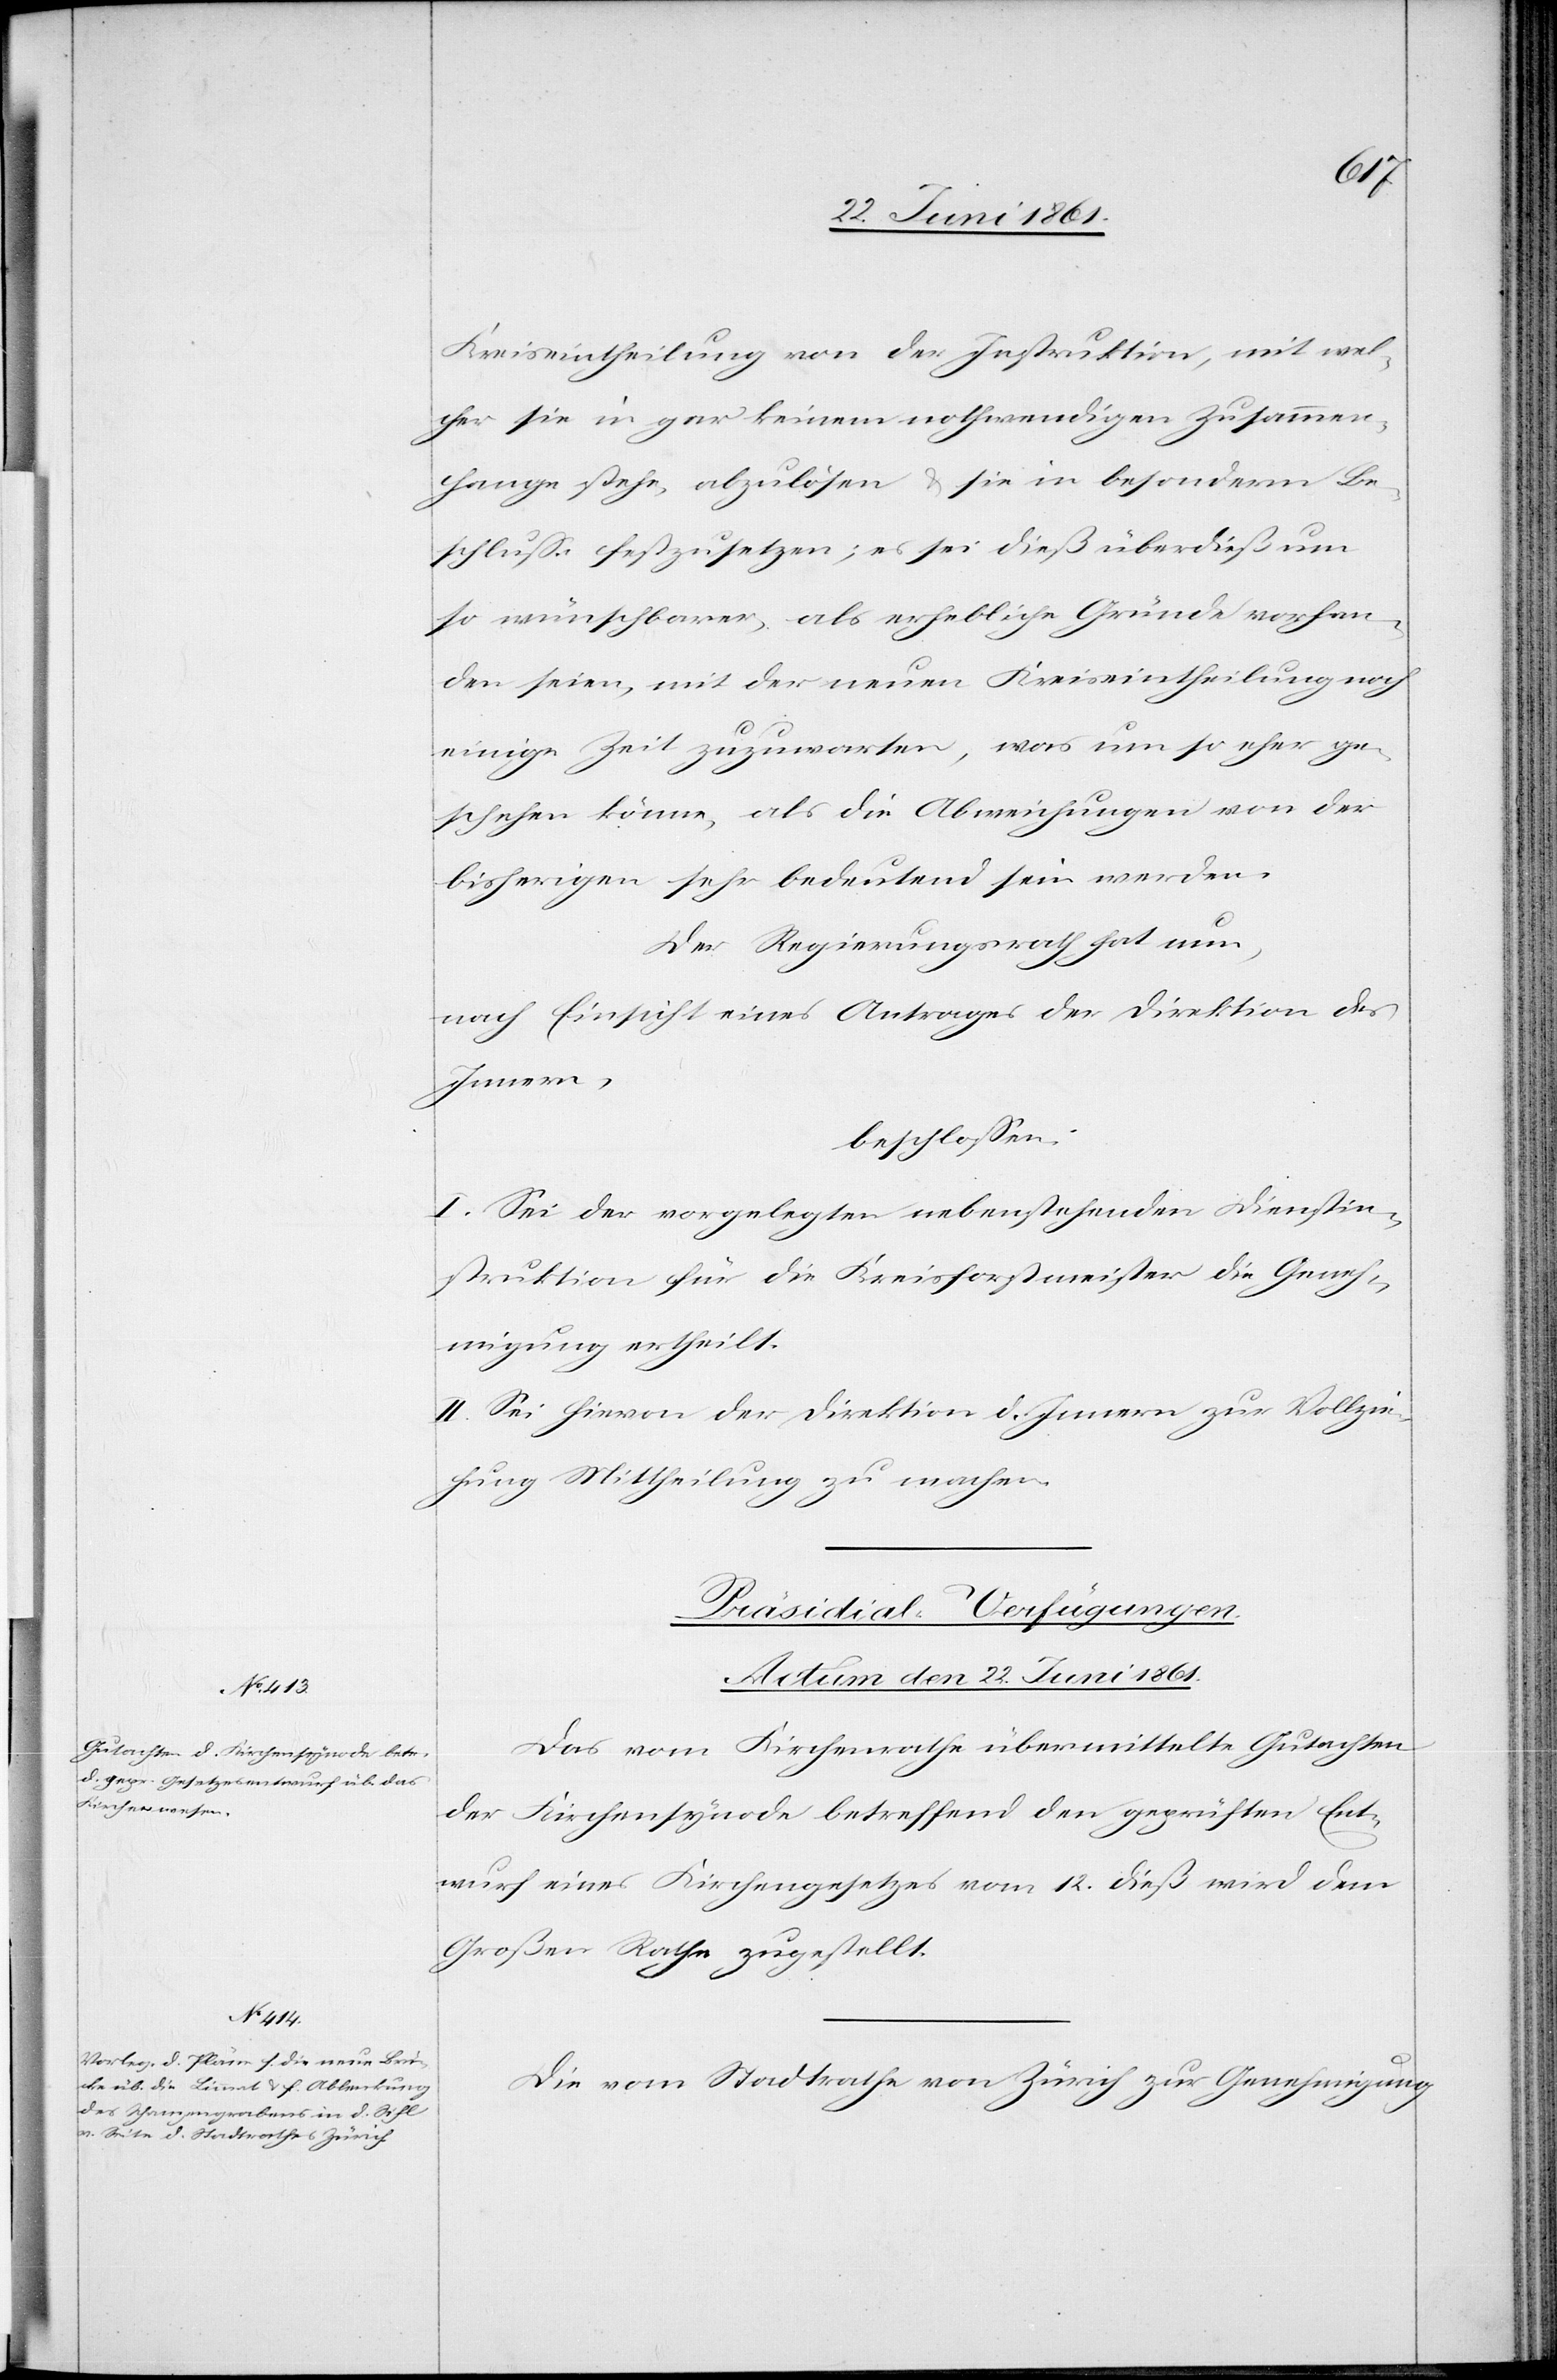
vorhan¬
Kreiseintheilung von der Instruktion, mit wel¬
cher sie in gar keinem nothwendigen Zusammen¬
hange stehe, abzulösen u. sie in besonderm Be¬
schlusse festzusetzen; es sei dieß um so wünschbarer, a¬
den seien, mit der neuen Kreiseintheilung noch
einige Zeit zuzuwarten, was um so eher ge¬
schehen könne, als die Abweichungen von der
bisherigen sehr bedeutend sein werden.
Der Regierungsrath hat nun,
nach Einsicht eines Antrages der Direktion des
Innern,
beschlossen:
I. Sei der vorgelegten nebenstehenden Dienstin¬
struktion für die Kreisforstmeister die Geneh¬
migung ertheilt.
II. Sei hievon der Direktion d. Innern zur Vollzie¬
hung Mittheilung zu machen.
[Präsidial-Verfügungen.
Actum den 22. Juni 1861.]
Das vom Kirchenrathe übermittelte Gutachten
der Kirchensynode betreffend den geprüften Ent¬
wurf eines Kirchengesetzes vom 12. dieß wird dem
Großen Rathe zugestellt.
Die vom Stadtrathe von Zürich zur Genehmigung